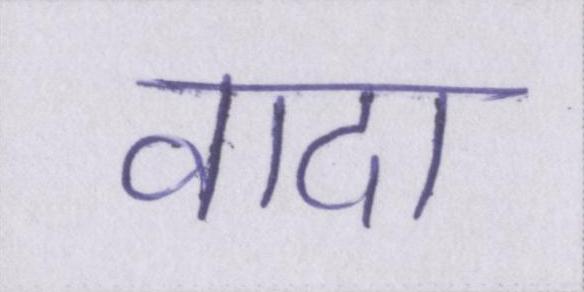
वादा